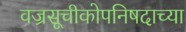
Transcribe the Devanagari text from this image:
वज्रसूचीकोपनिषदाच्या